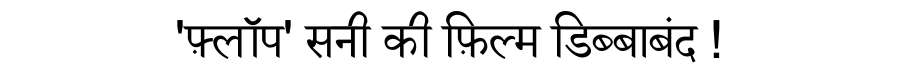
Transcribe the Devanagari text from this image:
'फ़्लॉप' सनी की फ़िल्म डिब्बाबंद !